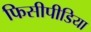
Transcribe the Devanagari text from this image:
फिसीपीडिया